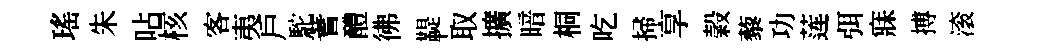
瑤朱呫核客夷戶駝蓍醴彿鞮取擴暗桐吃掃享榖藜功莲弭寐搏滚